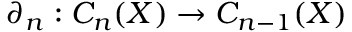
\partial _ { n } : C _ { n } ( X ) \to C _ { n - 1 } ( X )